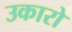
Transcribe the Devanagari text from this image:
उकारो